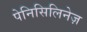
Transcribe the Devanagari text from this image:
पेनिसिलिनेज़